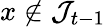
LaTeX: x\notin\mathcal{J}_{t-1}